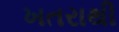
ખતરાથી